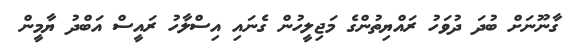
ގާނޫނަށް ބުދަ ދުވަހު ރައްޔިތުންގެ މަޖިލީހުން ގެނައި އިސްލާހު ރައީސް އަބްދު ޔާމީން